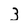
Character: 3